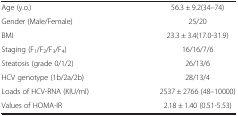
<table><thead><tr><td><b> </b></td><td><b> </b></td></tr></thead><tbody><tr><td>Age (y.o.)</td><td>56.3 ± 9.2(34–74)</td></tr><tr><td>Gender (Male/Female)</td><td>25/20</td></tr><tr><td>BMI</td><td>23.3 ± 3.4(17.0-31.9)</td></tr><tr><td>Staging (F<sub>1</sub>/F<sub>2</sub>/F<sub>3</sub>/F<sub>4</sub>)</td><td>16/16/7/6</td></tr><tr><td>Steatosis (grade 0/1/2)</td><td>26/13/6</td></tr><tr><td>HCV genotype (1b/2a/2b)</td><td>28/13/4</td></tr><tr><td>Loads of HCV-RNA (KIU/ml)</td><td>2537 ± 2766 (48–10000)</td></tr><tr><td>Values of HOMA-IR</td><td>2.18 ± 1.40 (0.51-5.53)</td></tr></tbody></table>